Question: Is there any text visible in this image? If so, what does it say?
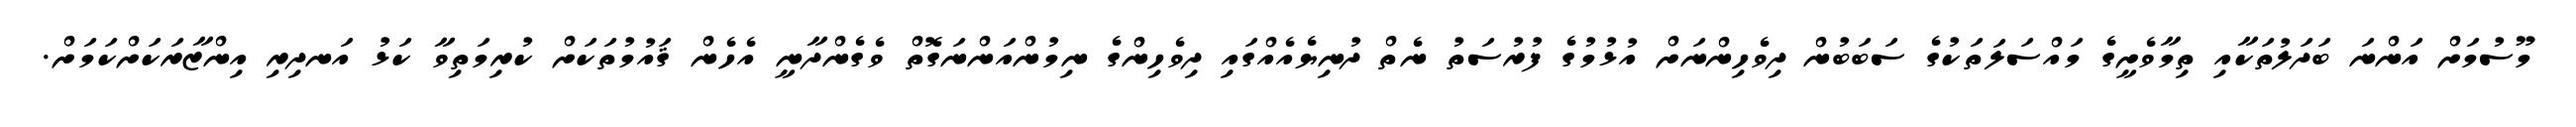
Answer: މޫސުމަށް އަންނަ ބަދަލުތަކާއި ތިމާވެށީގެ މައްސަލަތަކުގެ ސަބަބުން ދިވެހިންނަށް އުޅުމުގެ ފުރުސަތު ނެތް ދުނިޔެއެއްގައި ދިވެހިންގެ ނިމުންއަންނަގޮތް ވެގެންދާނީ އެހެން ޤައުމުތަކަށް ކުރިމަތިވާ ކަޅު އަނދިރި އިންޒާރަކަށްކަމަށް.